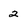
Character: 2